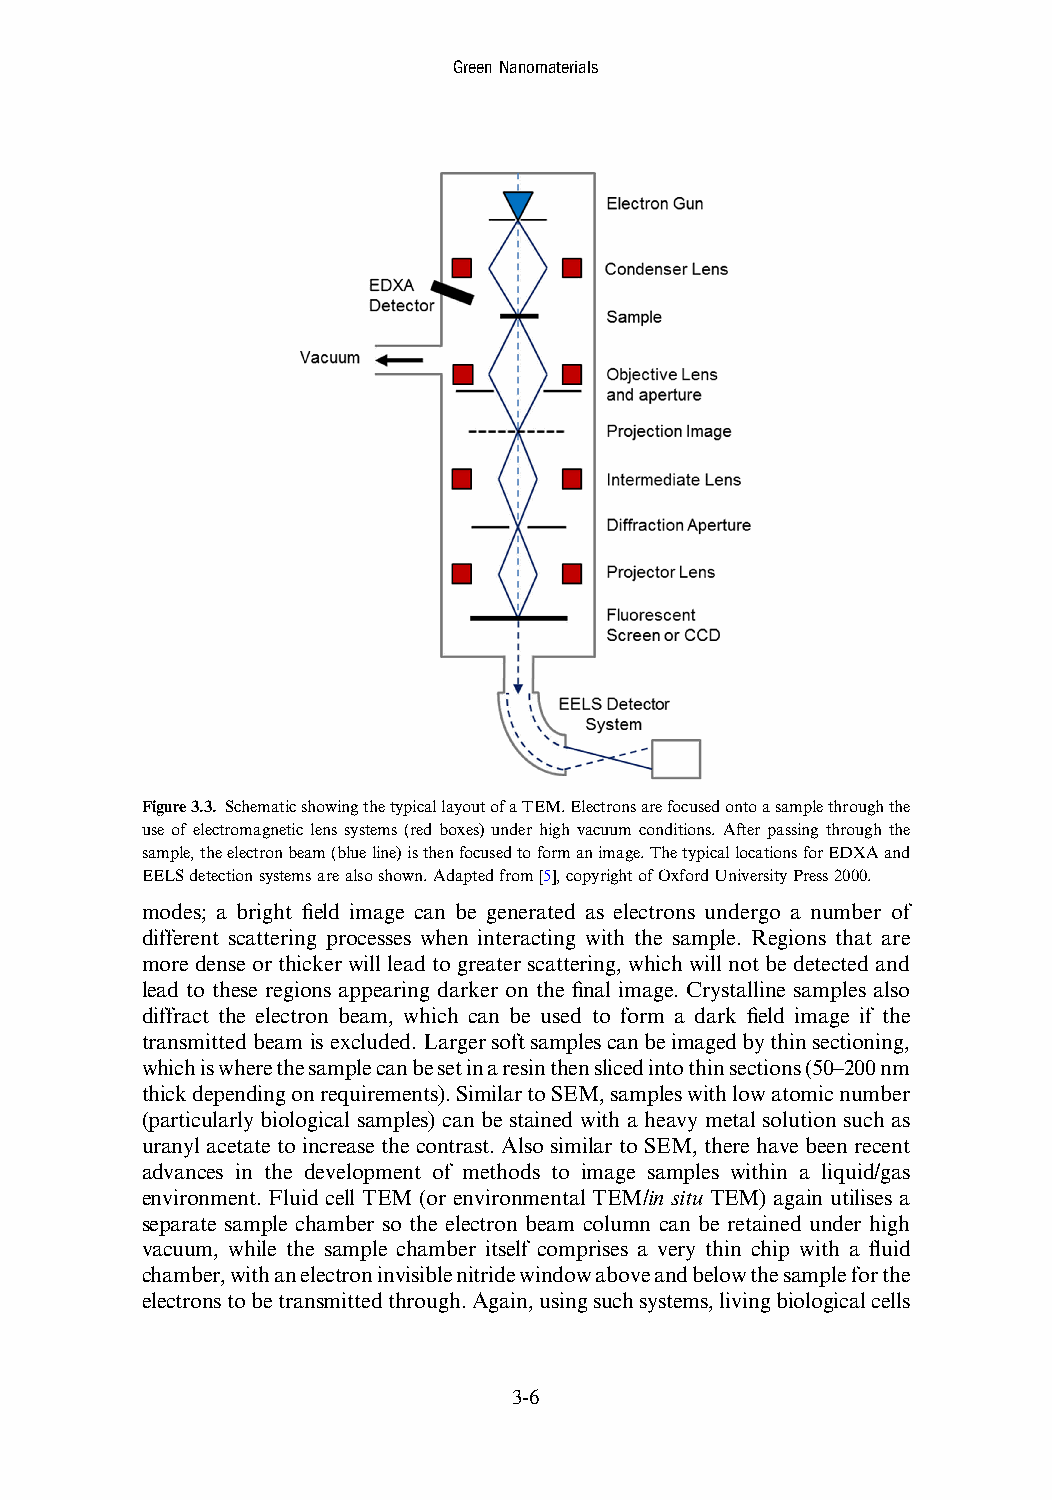
GreenNanomaterials
 Figure3.3. SchematicshowingthetypicallayoutofaTEM.Electronsarefocusedontoasamplethroughthe
 use of electromagnetic lens systems (red boxes) under high vacuum conditions. After passing through the
 sample,theelectronbeam(blueline)isthenfocusedtoformanimage.ThetypicallocationsforEDXAand
 EELSdetectionsystemsarealsoshown.Adaptedfrom[5],copyrightofOxfordUniversityPress2000.
 modes; a bright field image can be generated as electrons undergo a number of
 different scattering processes when interacting with the sample. Regions that are
 moredenseorthickerwill leadtogreaterscattering,whichwillnot bedetectedand
 lead to these regions appearing darker on the final image. Crystalline samples also
 diffract the electron beam, which can be used to form a dark field image if the
 transmitted beam is excluded. Largersoftsamplescanbeimagedbythinsectioning,
 whichiswherethesamplecanbesetinaresinthenslicedintothinsections(50–200nm
 thickdependingonrequirements).SimilartoSEM,sampleswithlowatomicnumber
 (particularly biological samples) can be stained with a heavy metal solution such as
 uranyl acetate to increase the contrast. Also similar to SEM, there have been recent
 advances in the development of methods to image samples within a liquid/gas
 environment. Fluid cell TEM (or environmental TEM/in situ TEM) again utilises a
 separate sample chamber so the electron beam column can be retained under high
 vacuum, while the sample chamber itself comprises a very thin chip with a fluid
 chamber,withanelectroninvisiblenitridewindowaboveandbelowthesampleforthe
 electronstobetransmittedthrough.Again,usingsuchsystems,livingbiologicalcells
 3-6